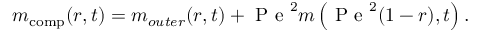
m _ { \mathrm { c o m p } } ( r , t ) = m _ { o u t e r } ( r , t ) + \mathrm { ~ P ~ e ~ } ^ { 2 } m \left( \mathrm { ~ P ~ e ~ } ^ { 2 } ( 1 - r ) , t \right) .